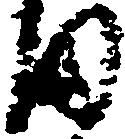
ま